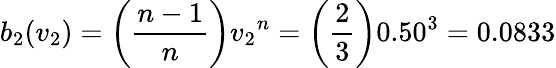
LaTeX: b_{2}(v_{2})=\left({\frac{n-1}{n}}\right){v_{2}}^{n}=\left({\frac{2}{3}}\right){0.50}^{3}=0.0833